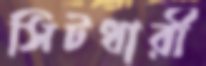
সিটধারী